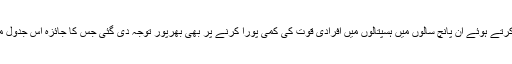
انہی خطوط پر کام کرتے ہوئے ان پانچ سالوں میں ہسپتالوں میں افرادی قوت کی کمی پورا کرنے پر بھی بھرپور توجہ دی گئی جس کا جائزہ اس جدول میں پیش کیا گیا ہے۔